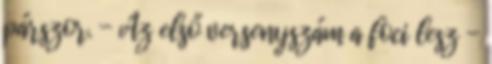
párszor. - Az első versenyszám a foci lesz -